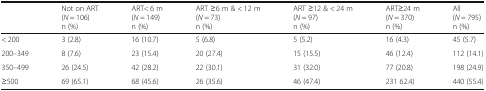
<table><thead><tr><td></td><td><b>Not on ART(<i>N</i> = 106)n (%)</b></td><td><b>ART&lt; 6 m(<i>N</i> = 149)n (%)</b></td><td><b>ART ≥6 m &amp; &lt; 12 m(<i>N</i> = 73)n (%)</b></td><td><b>ART ≥12 &amp; &lt; 24 m(<i>N</i> = 97)n (%)</b></td><td><b>ART≥24 m(<i>N</i> = 370)n (%)</b></td><td><b>All(<i>N</i> = 795)n (%)</b></td></tr></thead><tbody><tr><td>&lt; 200</td><td>3 (2.8)</td><td>16 (10.7)</td><td>5 (6.8)</td><td>5 (5.2)</td><td>16 (4.3)</td><td>45 (5.7)</td></tr><tr><td>200–349</td><td>8 (7.6)</td><td>23 (15.4)</td><td>20 (27.4)</td><td>15 (15.5)</td><td>46 (12.4)</td><td>112 (14.1)</td></tr><tr><td>350–499</td><td>26 (24.5)</td><td>42 (28.2)</td><td>22 (30.1)</td><td>31 (32.0)</td><td>77 (20.8)</td><td>198 (24.9)</td></tr><tr><td>≥500</td><td>69 (65.1)</td><td>68 (45.6)</td><td>26 (35.6)</td><td>46 (47.4)</td><td>231 62.4)</td><td>440 (55.4)</td></tr></tbody></table>